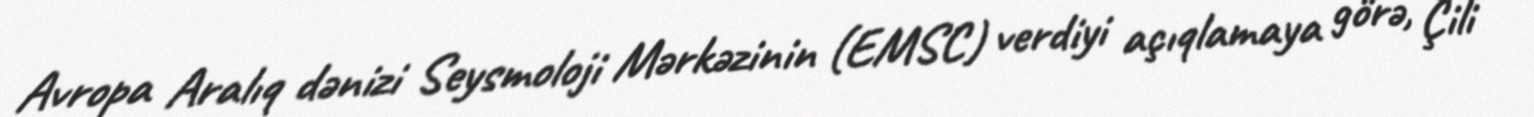
Avropa Aralıq dənizi Seysmoloji Mərkəzinin (EMSC) verdiyi açıqlamaya görə, Çili